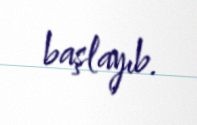
başlayıb.